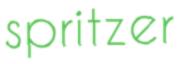
spritzer